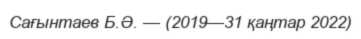
Сағынтаев Б.Ə. — (2019—31 қаңтар 2022)